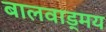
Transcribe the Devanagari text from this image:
बालवाड्मय